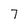
Character: 7